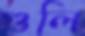
গুলি